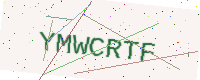
Text: YMWCRTF